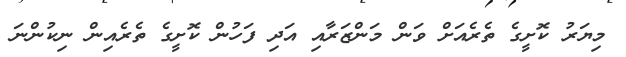
މިޔަރު ކޮށީގެ ތެރެއަށް ވަން މަންޒަރާއި އަދި ފަހުން ކޮށީގެ ތެރެއިން ނިކުންނަ